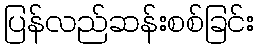
ပြန်လည်ဆန်းစစ်ခြင်း